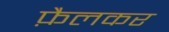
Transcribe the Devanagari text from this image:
फ़ैलकर